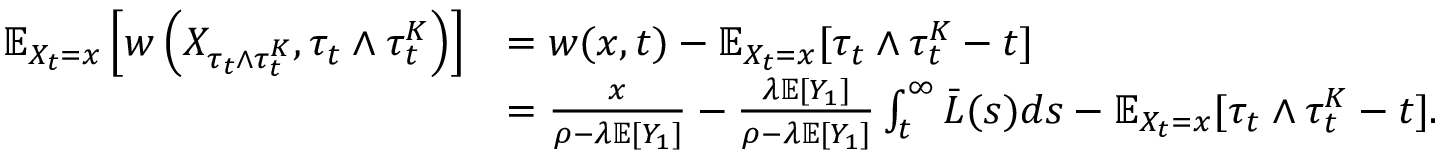
\begin{array} { r l } { \mathbb { E } _ { X _ { t } = x } \left[ w \left( X _ { \tau _ { t } \wedge \tau _ { t } ^ { K } } , \tau _ { t } \wedge \tau _ { t } ^ { K } \right) \right] } & { = w ( x , t ) - \mathbb { E } _ { X _ { t } = x } [ \tau _ { t } \wedge \tau _ { t } ^ { K } - t ] } \\ & { = \frac { x } { \rho - \lambda \mathbb { E } [ Y _ { 1 } ] } - \frac { \lambda \mathbb { E } [ Y _ { 1 } ] } { \rho - \lambda \mathbb { E } [ Y _ { 1 } ] } \int _ { t } ^ { \infty } \bar { L } ( s ) d s - \mathbb { E } _ { X _ { t } = x } [ \tau _ { t } \wedge \tau _ { t } ^ { K } - t ] . } \end{array}